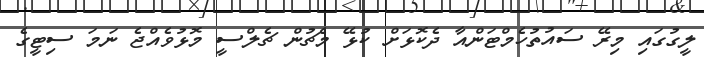
ލީގުގައި މިރޭ ސައުތުހެމްޓަންއާ ދެކޮޅަށް ކުޅޭ މެޗުން ޗެލްސީ މޮޅުވެއްޖެ ނަމަ ސިޓީގެ